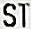
ST